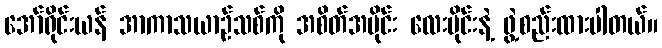
အော်ရိုင်းယန် အာကာသယာဉ်သစ်ကို အစိတ်အပိုင်း လေးပိုင်းနဲ့ ဖွဲ့စည်းထားပါတယ်။